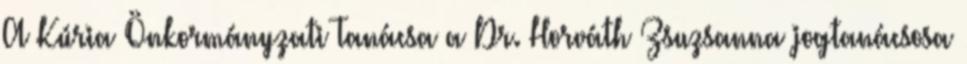
A Kúria Önkormányzati Tanácsa a Dr. Horváth Zsuzsanna jogtanácsosa